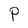
Character: P